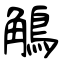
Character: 鵤